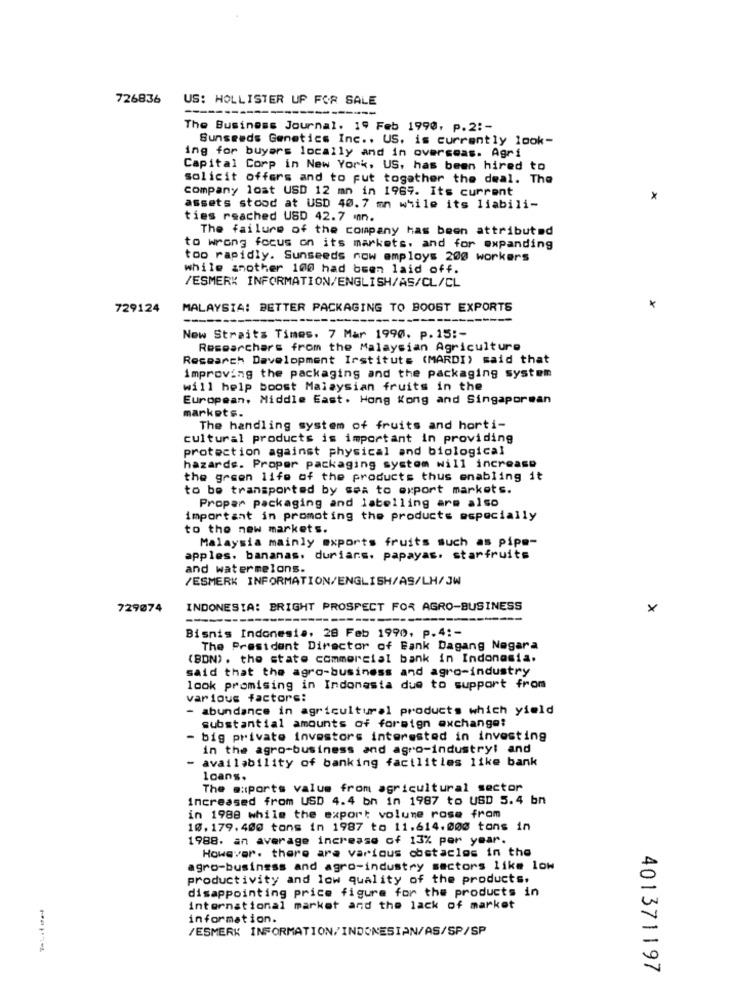
726836
US: HOLLISTER UP FOR SALE
-----
The Business Journal. 19 Feb 1990, p.2 :-
Sunseeds Genetics Inc .. US. is currently look-
ing for buyers locally and in overseas. Agri
Capital Corp in New York, US, has been hired to
solicit offers and to put together the deal. The
company lost USD 12 mn in 1969. Its current
assets stood at USD 40.7 mm while its liabili-
ties reached USD 42.7 mn.
The failure of the company has been attributed
to wrong focus on its markets, and for expanding
too rapidly. Sunseeds now employs 200 workers
while another 100 had been laid off.
/ESMERK INFORMATION/ENGLISH/AS/CL/CL
729124
MALAYSIA: BETTER PACKAGING TO BOOST EXPORTS
Now Straits Times. 7 Mar 1990. p. 15 :-
Researchers from the Malaysian Agriculture
Research Development Institute (MARDI) said that
improving the packaging and the packaging system
will help boost Malaysian fruits in the
European. Middle East. Hong Kong and Singaporean
markets.
The handling system of fruits and horti-
cultural products is important in providing
protection against physical and biological
hazards. Proper packaging system will increase
the green life of the products thus enabling it
to be transported by sea to export markets.
Proper packaging and labelling are also
important in promoting the products especially
to the new markets.
Malaysia mainly exports fruits such as pipe-
apples. bananas. durians. papayas. starfruits
and watermelons.
/ESMERK INFORMATION/ENGLISH/AS/LH/3W
729074
INDONESIA: BRIGHT PROSPECT FOR AGRO-BUSINESS
×
Bisnis Indonesia, 28 Feb 1990. p.4 :-
The President Director of Bank Dagang Negara
(BDN). the state commercial bank in Indonesia.
said that the agro-business and agro-industry
look promising in Indonesia due to support from
various factors:
- abundance in agricultural products which yield
substantial amounts of foreign exchange:
- big private investors interested in investing
in the agro-business and agro-industry! and
- availability of banking facilities like bank
loans.
The exports value from agricultural sector
increased from USD 4.4 bn in 1987 to USD 5.4 bn
in 1988 while the export volume rose fram
10. 179. 400 tons in 1987 to 11.614.000 tons in
1988. an average increase of 13% per year.
However. there are various obstacles in the
agro-business and agro-industry sectors like low
productivity and low quality of the products.
disappointing price figure for the products in
international market and the lack of market
information.
/ESMERK INFORMATION/INDONESIAN/AS/SP/SP
401371197